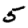
Digit: 5